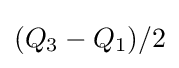
{(Q_{3}-Q_{1})/2}